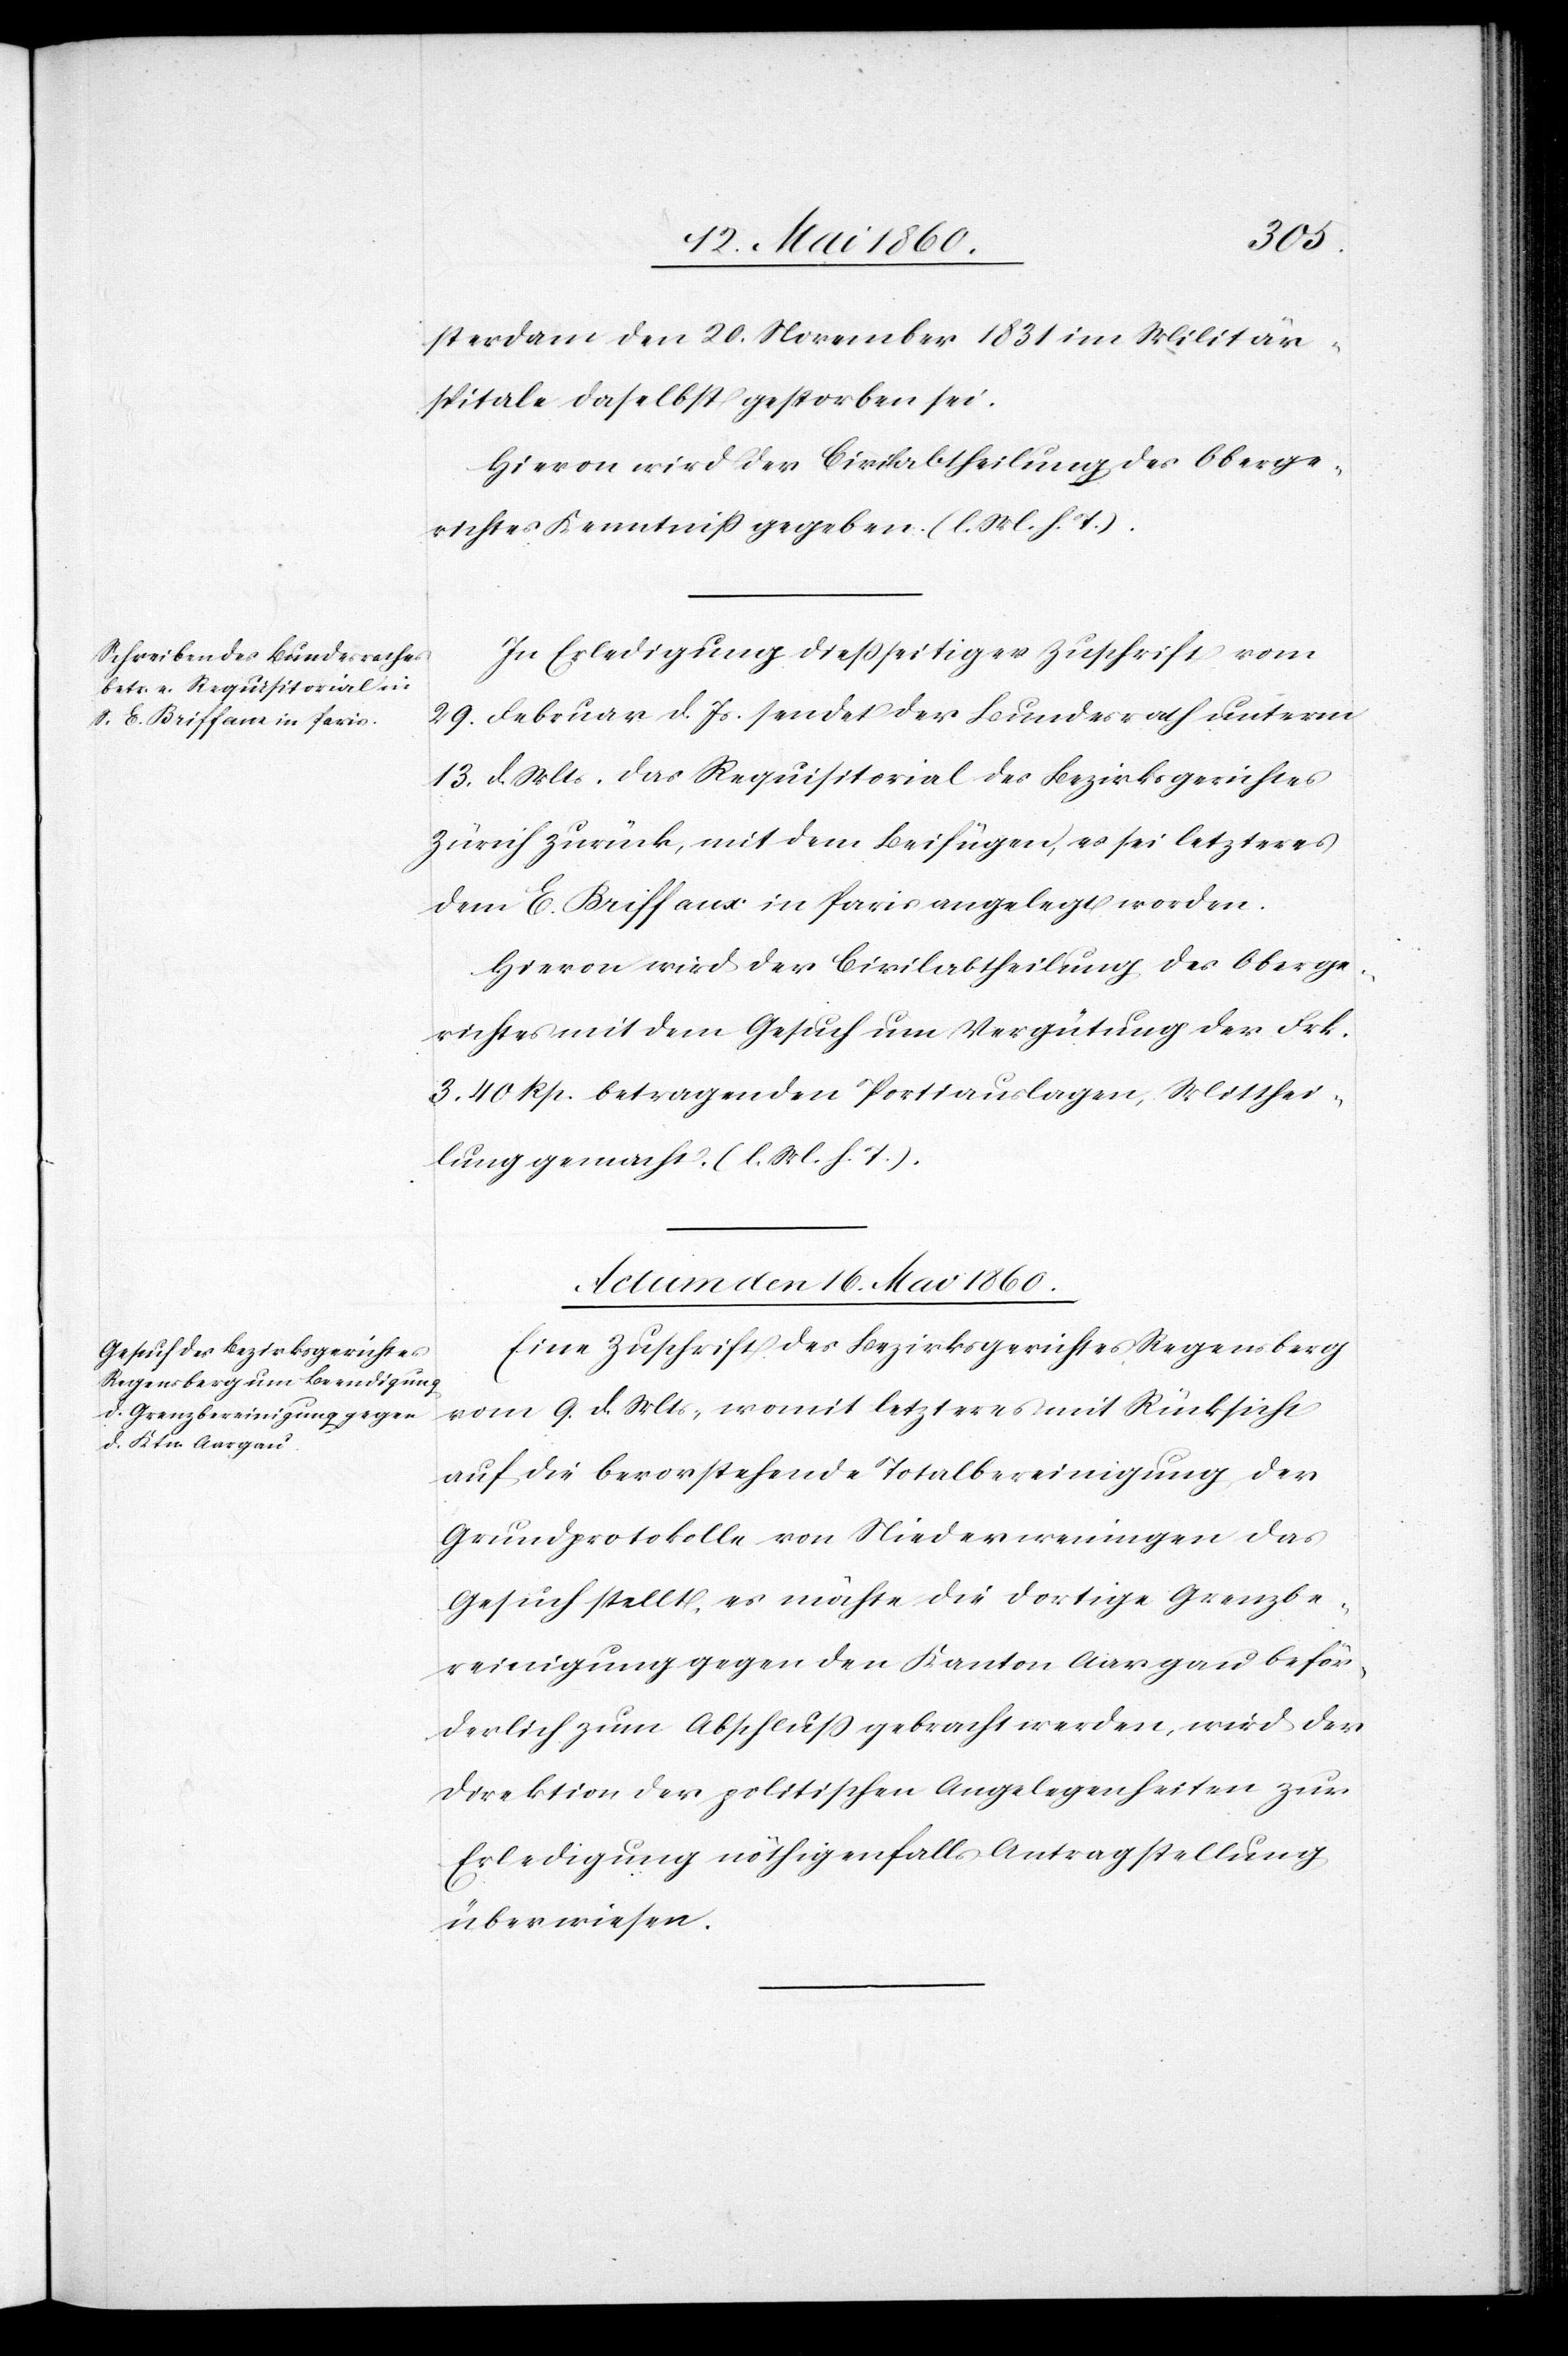
sterdam den 20. November 1831 im Militär¬
spitale daselbst gestorben sei.
richtes Kenntniss gegeben. (l. M. h. T.)
In Erledigung diesseitiger Zuschrift vom
29. Februar d. Js. sendet der Bundesrath unterm
13. d. Mts. das Requisitorial des Bezirksgerichtes
Zürich zurück, mit dem Beifügen, es sei letzteres
dem E. Buiffaux in Paris angelegt worden.
Hievon wird der Civilabtheilung des Oberge¬
richtes mit dem Gesuch um Vergütung der Frk.
3. 40 Rp. betragenden Portiauslagen, Mitthei¬
lung gemacht. (l. M. h. T.).
Actum den 16. Mai 1860.
Eine Zuschrift des Bezirksgerichtes Regensberg
vom 9. d. Mts., womit letzteres mit Rücksicht
auf die bevorstehende Totalbereinigung der
Grundprotokolle von Niederweningen das
Gesuch stellt, es möchte die dortige Grenzbe¬
reinigung gegen den Kanton Aargau beför¬
derlich zum Abschluß gebracht werden, wird der
Direktion der politischen Angelegenheiten zur
Erledigung nöthigenfalls Antragstellung
überwiesen.